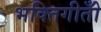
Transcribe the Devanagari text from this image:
भक्तिगीतोँ